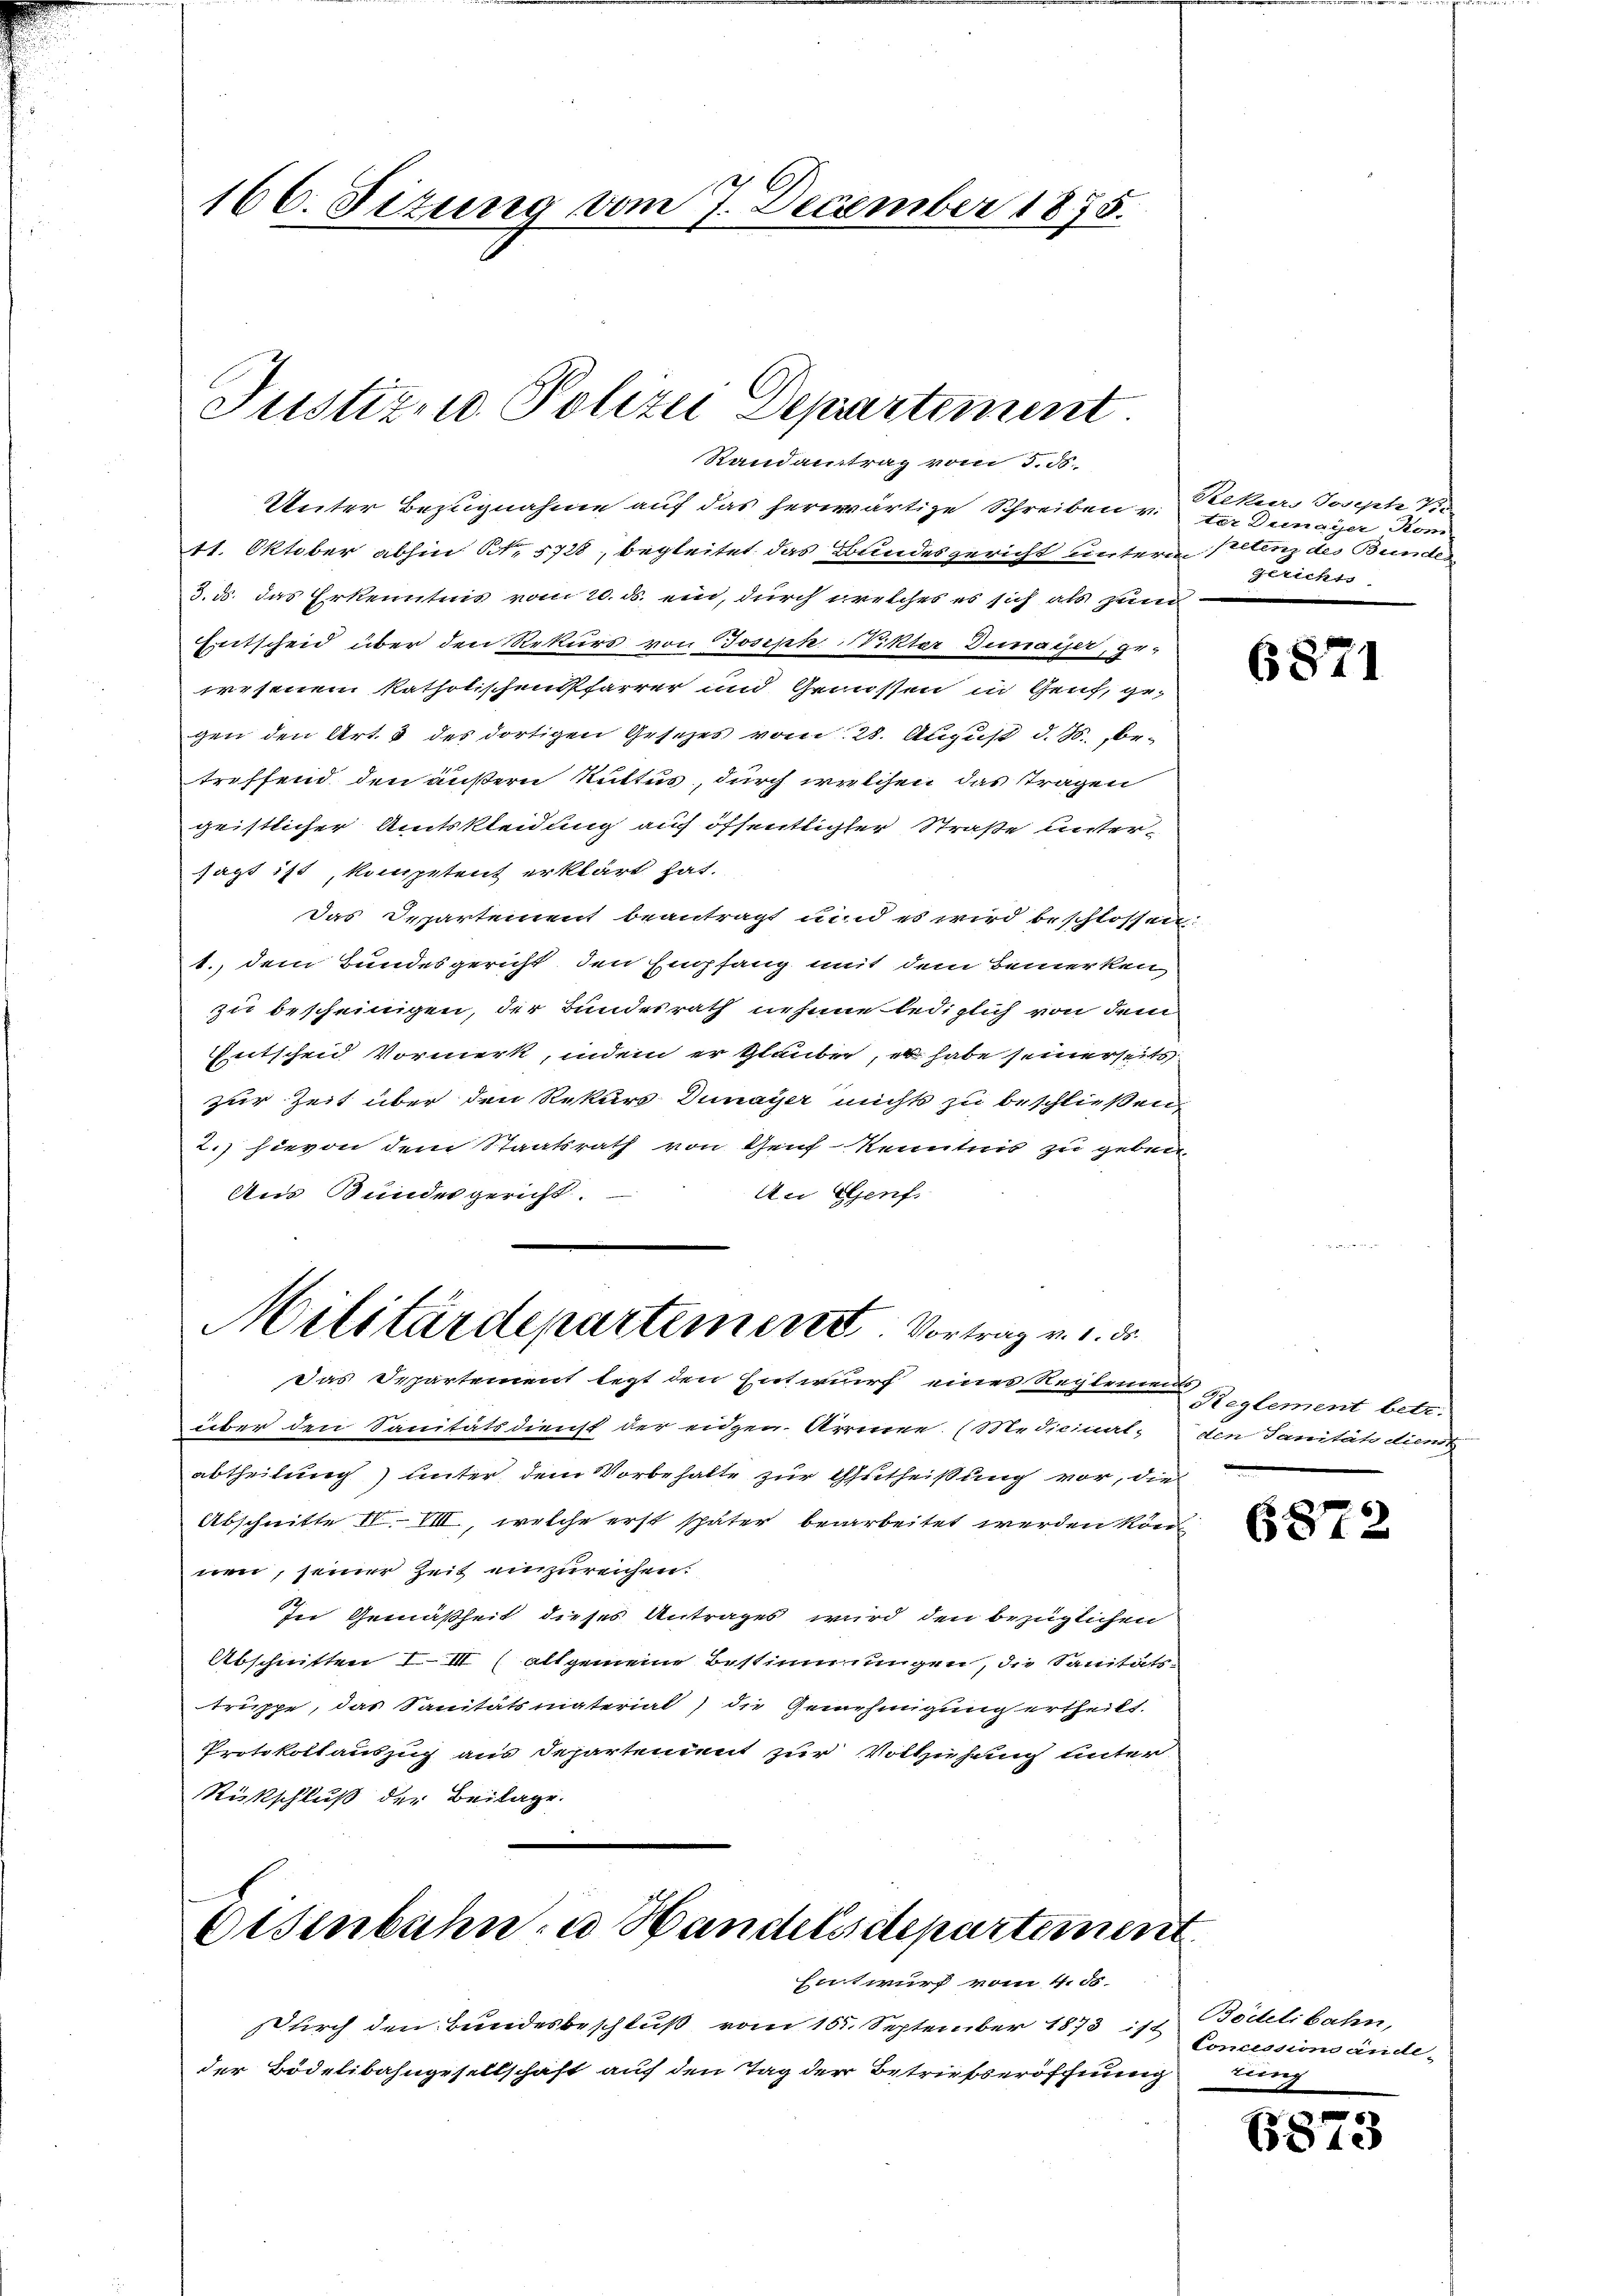
166. Sizung vom 7. December 1875.

Justizio Polizei Departement.
Randantrag vom 5. d.

Unter Bezugnahme auf das herwärtige Schreiben v. der Dunayer Kom
11. Oktober abhin St. 5728, begleitet das Bundesgericht unterm Pillenz des Bundes
3. d. das Erkenntnis vom 20. ds. ein, durch welches es sich als zum
Entscheid über den Rekurs von Joseph. Vikter Dinager, ge-
wesenem katholischen Pfarrer und Gewassen in Genf, gegen den Art. 3 des dortigen Gesetzes vom 28. August d. M. be-
treffend den äußern Ruttus, durch welchen das tragen
geistlicher Amtskleidung auf öffentlicher Straße untersagt ist, kompetent erklärt hat.
Das Departement beantragt und es wird beschlossen
1., dem Bundesgericht, den Empfang mit dem Bemerken,
zu bescheinigen, der Bundesrath nehme lediglich von dem
Entscheid Vormerk, indem er glauben, es habe seinerseits
zur Zeit über den Rekurs Dunayer nichts zu beschließen,
2.) hievon dem Staatsrath von Genf Kenntnis zu geben
Aus Bundesgericht.
An Genf.

Militärdepartement. Vortrag v. d. d.
Das Departement legt den Entwurf eines Reglements

über den Sanitätsdienst der eidgen- Armen. (Medicinat, den Sanitätsdiens
abtheilung) unter dem Vorbehalte zur Gutheißung vor, die
Abschnitte IV. VIII, welche erst später bearbeitet werden kön
nen, seiner Zeit einzureichen.
In Gemäßheit dieses Antrages wird den bezüglichen
Abschnitten IIII (allgemeine Bestimmungen, die Sanitäts-
truppe, das Sanitätsmaterial die Genehmigung ertheilt.
Protokollauszug aus Departendent zur Vollziehung unter
Rückschluß der Beilage.

Osenbahn u Handelsdepartement
Entwurf vom 4. ds.

Durch den Bundesbeschluß vom 15. September 1873 is Concessionsändeder Bödelibahngesellschaft auf den Tag der Betriefseröffnung

Rekurs Joseph ½.
gerichts

6871

Reglement betr.

6872

Bödelibahn,
m

6873